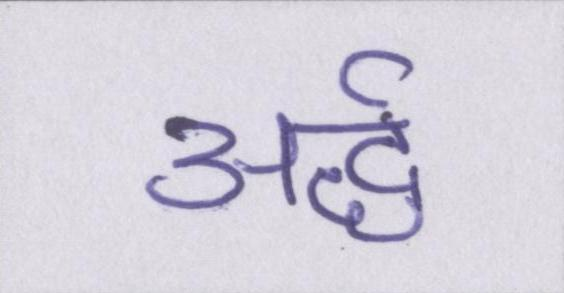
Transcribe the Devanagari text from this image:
अर्द्ध